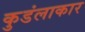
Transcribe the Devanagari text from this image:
कुडंलाकार